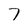
Character: 7